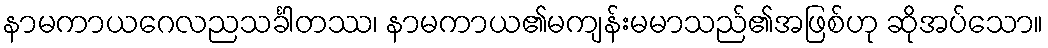
နာမကာယဂေလညသင်္ခါတဿ၊ နာမကာယ၏မကျန်းမမာသည်၏အဖြစ်ဟု ဆိုအပ်သော။